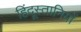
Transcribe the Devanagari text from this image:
हिंदूस्तानियों